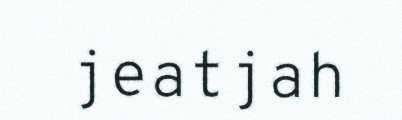
jeatjah